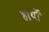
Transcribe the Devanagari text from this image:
हार्थों